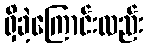
ရှိခဲ့ကြောင်းလည်း